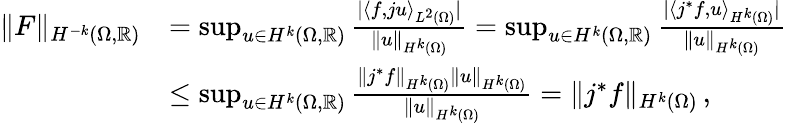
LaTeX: \begin{array}{rl}{\| F\| _{H^{-k}(\Omega,\mathbb{R})}}&{=\operatorname*{sup}_{u\in{H^{k}(\Omega,\mathbb{R})}}\frac{|\langle f,ju\rangle_{L^{2}(\Omega)}|}{\| u\| _{H^{k}(\Omega)}}=\operatorname*{sup}_{u\in{H^{k}(\Omega,\mathbb{R})}}\frac{|\langle j^{*}f,u\rangle_{H^{k}(\Omega)}|}{\| u\| _{H^{k}(\Omega)}}}\\ &{\leq\operatorname*{sup}_{u\in{H^{k}(\Omega,\mathbb{R})}}\frac{\| j^{*}f\| _{H^{k}(\Omega)}\| u\| _{H^{k}(\Omega)}}{\| u\| _{H^{k}(\Omega)}}=\| j^{*}f\| _{H^{k}(\Omega)}\, ,}\end{array}